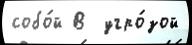
собо́й В  угро́зой